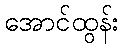
အောင်ထွန်း